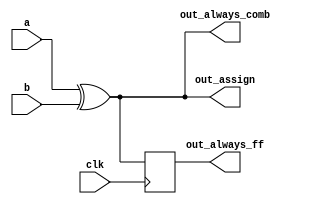
// SPDX-License-Identifier: MIT

// synthesis verilog_input_version verilog_2001
module top_module(
    input clk,
    input a,
    input b,
    output wire out_assign,
    output reg out_always_comb,
    output reg out_always_ff   );

    assign out_assign = a ^ b;
    always @(*) out_always_comb = a ^ b;
    always @(posedge clk) out_always_ff <= a ^ b;
endmodule